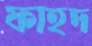
ফাহদ